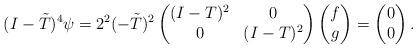
LaTeX: \begin{align*}(I-\tilde T)^4 \psi &= 2^2(-\tilde T)^2\begin{pmatrix}(I-T)^2 & 0\\0 & (I-T)^2\end{pmatrix}\begin{pmatrix}f \\ g\end{pmatrix}=\begin{pmatrix}0 \\ 0\end{pmatrix}.\end{align*}